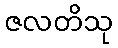
ဇလတိသု